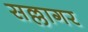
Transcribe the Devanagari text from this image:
सल्लागर